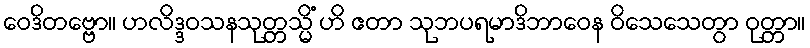
ဝေဒိတဗ္ဗော။ ဟလိဒ္ဒဝသနသုတ္တသ္မိံ ဟိ ဧတာ သုဘပရမာဒိဘာဝေန ဝိသေသေတွာ ဝုတ္တာ။